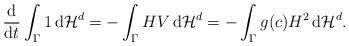
LaTeX: \begin{align*}\frac{\mathrm{d}}{\mathrm{d}t} \int_{\Gamma} 1 \, \mathrm{d}\mathcal{H}^d= - \int_{\Gamma} HV \, \mathrm{d}\mathcal{H}^d= - \int_{\Gamma} g(c)H^2 \, \mathrm{d}\mathcal{H}^d.\end{align*}